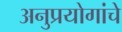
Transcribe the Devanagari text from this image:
अनुप्रयोगांचे